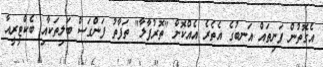
އެގޮތުން ފަނިތައް އަނބުގެ އެތެރެ އެއްކޮށް "ތޮރުފާލާ" ތަފާތު ފަންގަސް ބަލިތަކާއި ބެކްޓީރީއާ